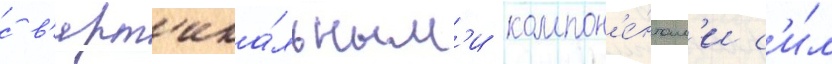
с в'ерт'ика́льным'и компон'е́нтам'и с'и́л